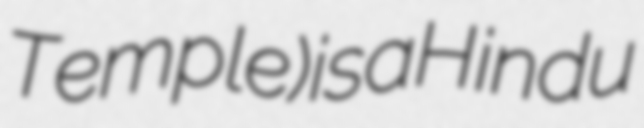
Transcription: Temple) is a Hindu